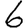
Digit: 6